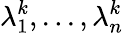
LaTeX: \lambda_{1}^{k},...,\lambda_{n}^{k}